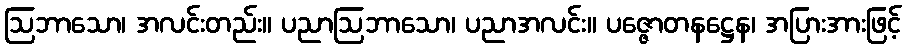
ဩဘာသော၊ အလင်းတည်း။ ပညာဩဘာသော၊ ပညာအလင်း။ ပဇ္ဇောတနဋ္ဌေန၊ အပြားအားဖြင့်